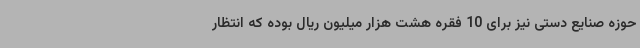
حوزه صنایع دستی نیز برای 10 فقره هشت هزار میلیون ریال بوده که انتظار